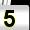
Digit: 5